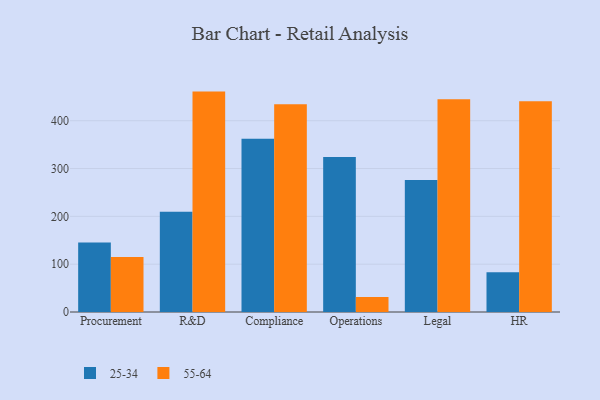
{"axis": {"x": "Department", "y": "Demand Index"}, "legend": ["25-34", "55-64"], "data": [{"x": "Procurement", "y": 145.2, "type": "25-34"}, {"x": "Procurement", "y": 115.1, "type": "55-64"}, {"x": "R&D", "y": 209.5, "type": "25-34"}, {"x": "R&D", "y": 460.9, "type": "55-64"}, {"x": "Compliance", "y": 362.2, "type": "25-34"}, {"x": "Compliance", "y": 434.3, "type": "55-64"}, {"x": "Operations", "y": 324.3, "type": "25-34"}, {"x": "Operations", "y": 31.6, "type": "55-64"}, {"x": "Legal", "y": 276.2, "type": "25-34"}, {"x": "Legal", "y": 445.0, "type": "55-64"}, {"x": "HR", "y": 83.1, "type": "25-34"}, {"x": "HR", "y": 440.9, "type": "55-64"}]}